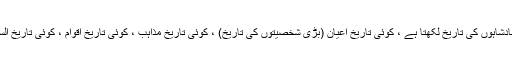
کوئی تو صرف بادشاہوں کی تاریخ لکھتا ہے ، کوئی تاریخِ اعیان (بڑی شخصیتوں کی تاریخ) ، کوئی تاریخِ مذاہب ، کوئی تاریخِ اقوام ، کوئی تاریخِ اَلسِنہ وغیرہ وغیرہ۔